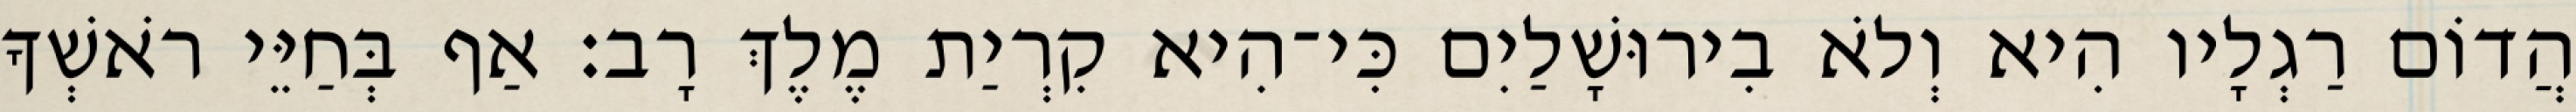
הֲדוֹם רַגְלָיו הִיא וְלֹא בִירוּשָׁלַיִם כִּי־הִיא קִרְיַת מֶלֶךְ רָב׃ אַף בְּחַיֵּי רֹאשְׁךָ